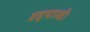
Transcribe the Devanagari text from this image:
हत्याओं।